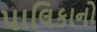
પાલિકાનો